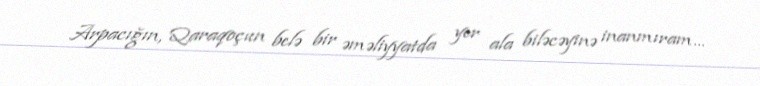
Arpacığın, Qaraqoçun belə bir əməliyyatda yer ala biləcəyinə inanmıram...